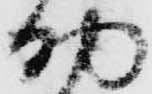
助